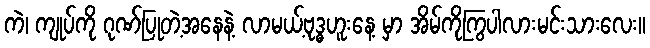
ကဲ၊ ကျုပ်ကို ဂုဏ်ပြုတဲ့အနေနဲ့ လာမယ့်ဗုဒ္ဓဟူးနေ့ မှာ အိမ်ကိုကြွပါလားမင်းသားလေး။